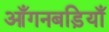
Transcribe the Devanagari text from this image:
आँगनबड़ियाँ